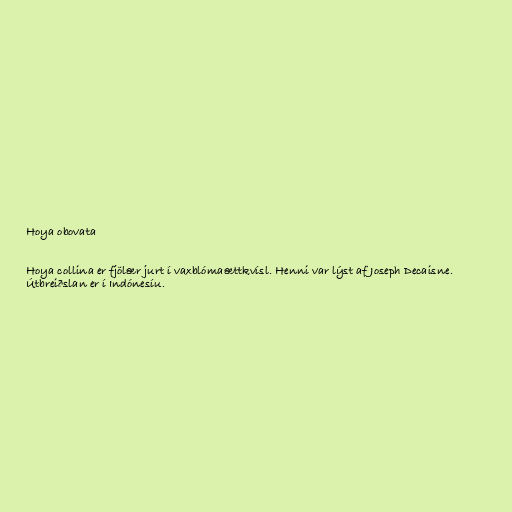
Hoya obovata

Hoya collina er fjölær jurt í vaxblómaættkvísl. Henni var lýst af Joseph Decaisne.
Útbreiðslan er í Indónesíu.